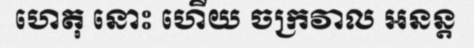
ហេតុ នោះ ហើយ ចក្រវាល អនន្ត